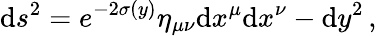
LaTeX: \mathrm{d}s^{2}=e^{-2\sigma(y)}\eta_{\mu\nu}\mathrm{d}x^{\mu}\mathrm{d}x^{\nu}-\mathrm{d}y^{2}\, ,